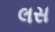
લસ